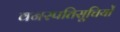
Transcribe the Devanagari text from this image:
वनस्पतिसूचियों